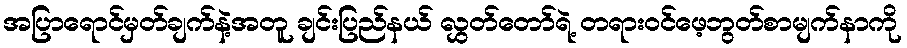
အပြာရောင်မှတ်ချက်နဲ့အတူ ချင်းပြည်နယ် လွှတ်တော်ရဲ့ တရားဝင်ဖေ့ဘွတ်စာမျက်နာကို